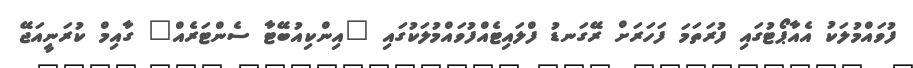
ފުވައްމުލަކު އެއާޕޯޓުގައި ފުރަތަމަ ފަހަރަށް ރޭގަނޑު ފްލައިޓެއްފުވައްމުލަކުގައި "އިންކިއުބޭޓާ ސެންޓަރެއް" ގާއިމް ކުރަނީއަޖޭ